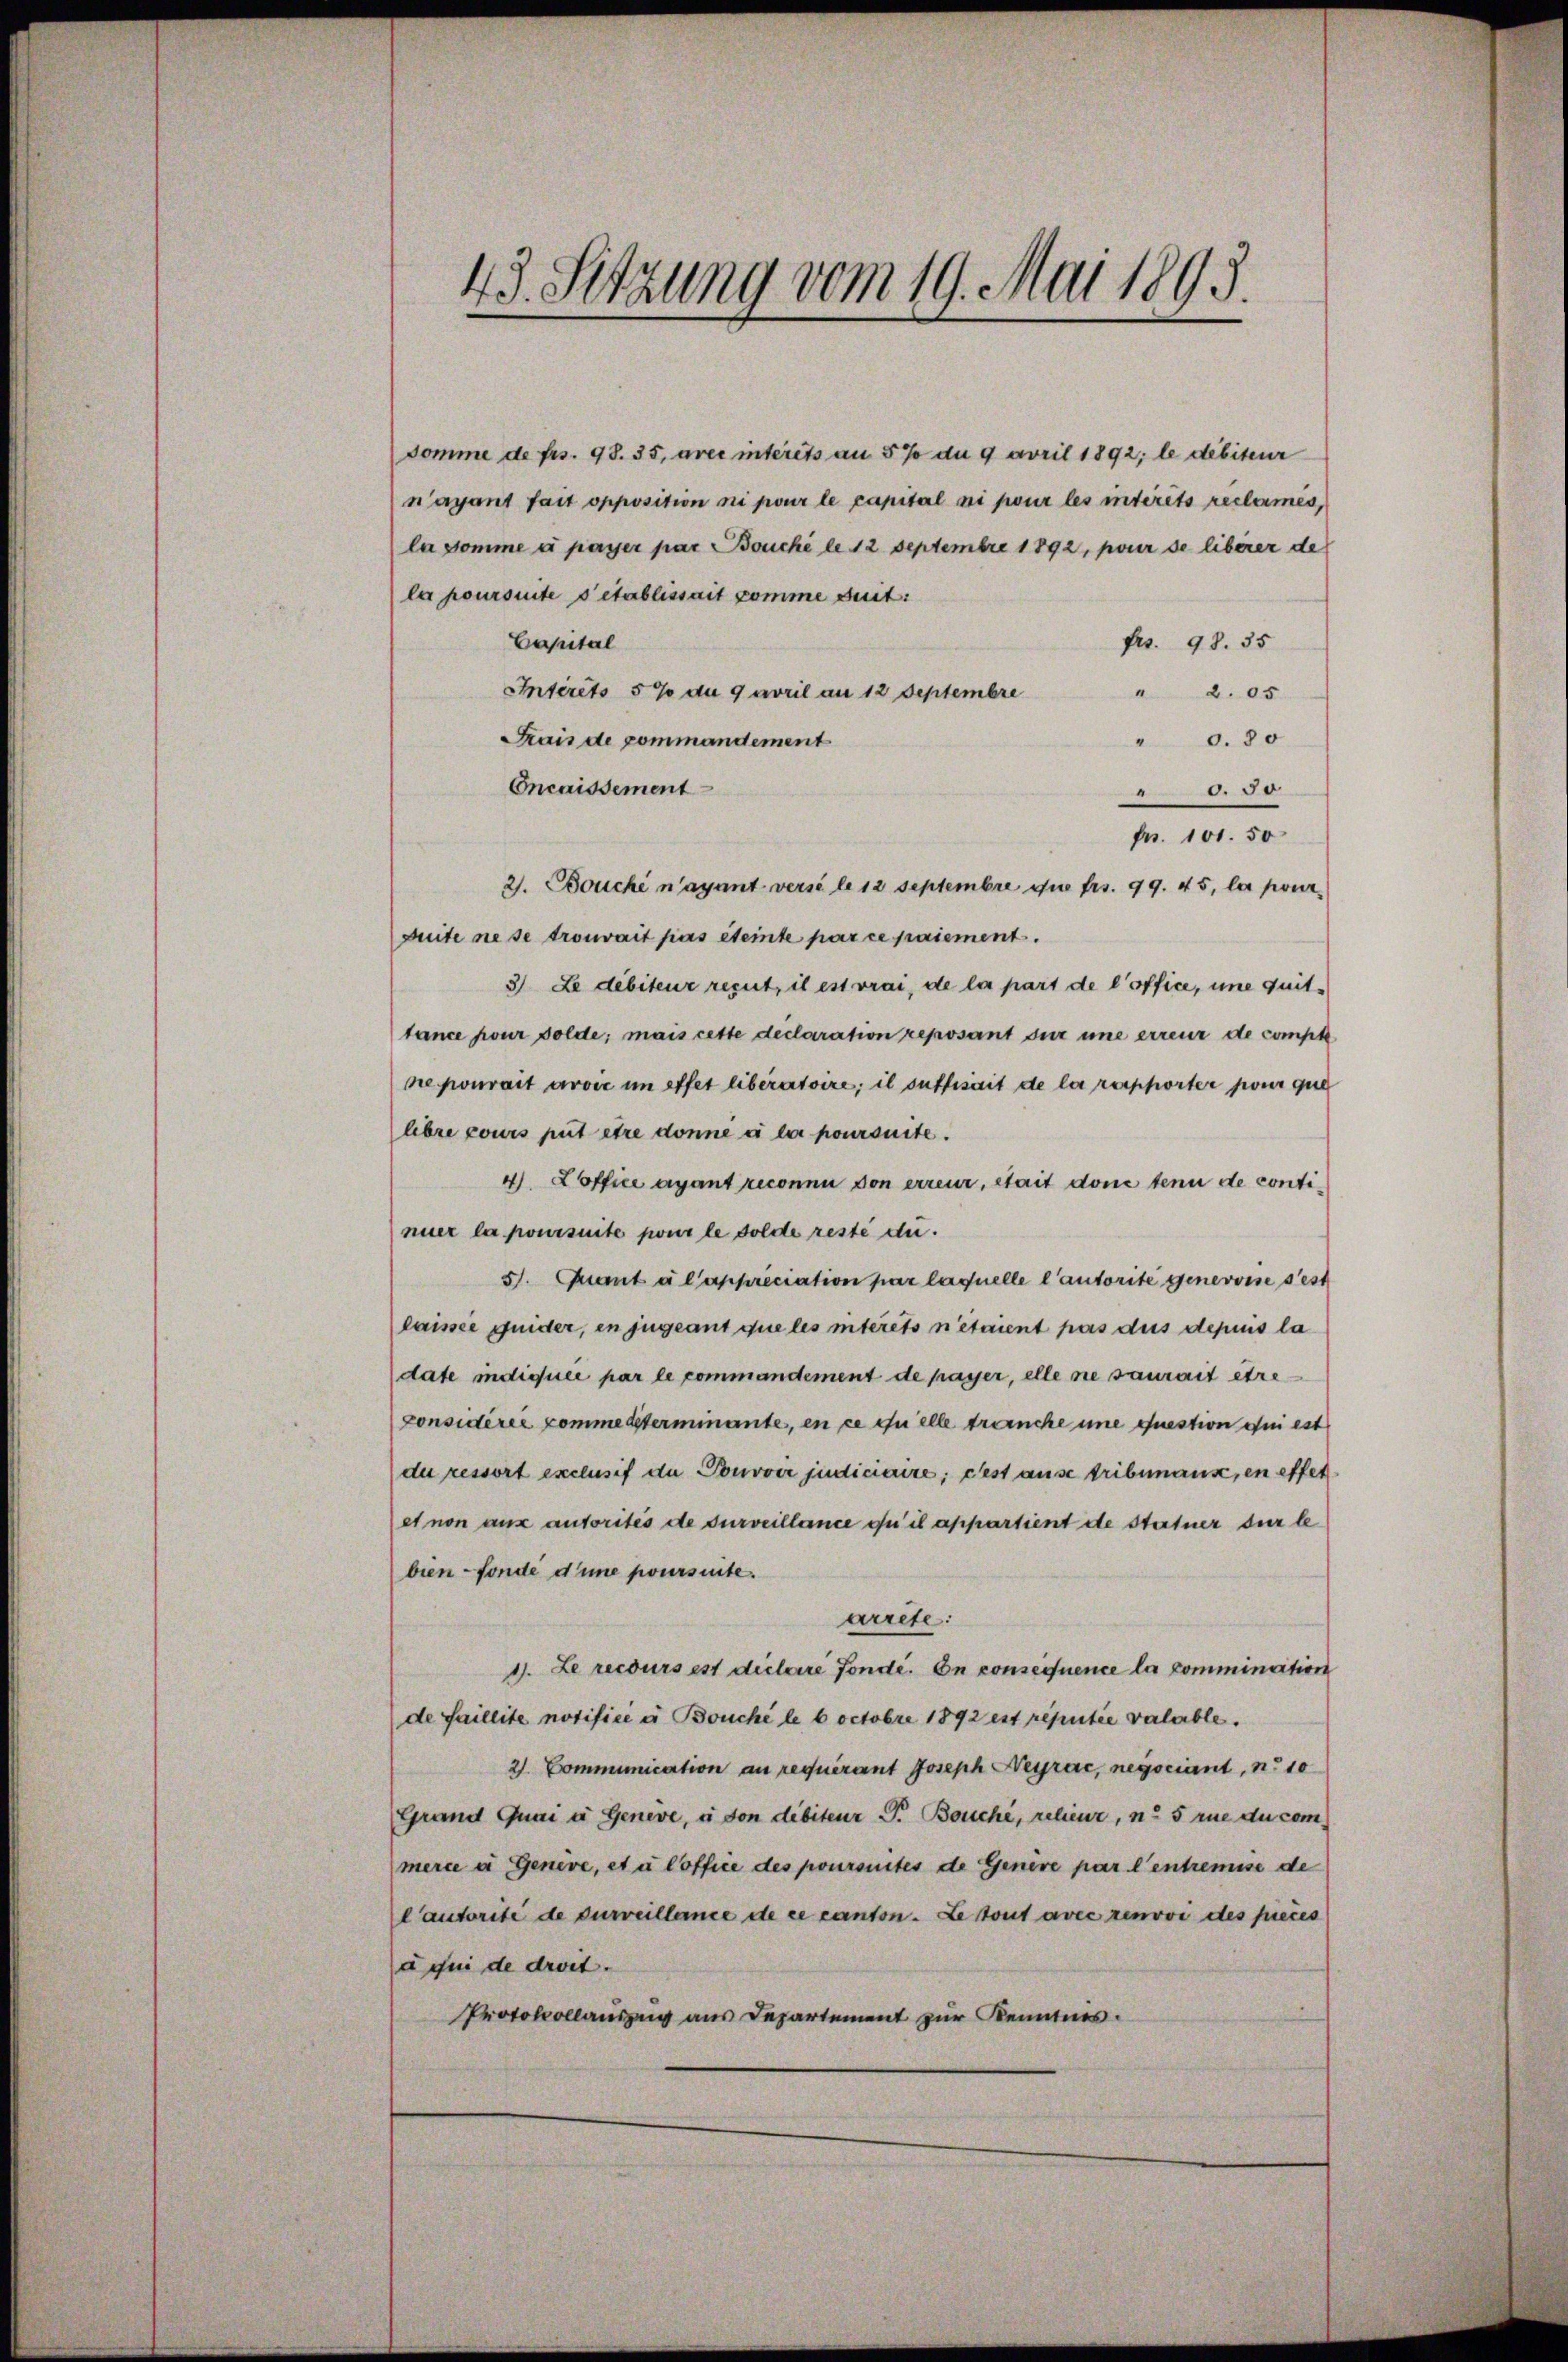
43. Setzung vom 19. Mai 1893.

Somme de frs. 98. 35, avec interets an 5% du 9 April 1892; le débiteur
n’ayant fait opposition ni pour le capital ni pour les intérêts reclamés,
la somme à payer par Bouché le 12 Septembre 1892, pour se libérer de
la poursuite detablissait comme suit:
Capital
Fr. 98. 35
Intérêts 5% au 9 avril an 12 Septembre
" 2. 05
Frais de pommandement
" 0.90
Oncaissement
0 50
Fr. 101. 50
2. Bouché n’ayant versé le 12 Septembre die frs. 99. 45, la pour
guite ne se trouvait pas éteinte par ce paiement.
3) Le débiteur reput, il est vrai, de la part de l’office, une quittance pour solde; mais cette declaration reposant sur une erreur de compt
ne pourart arvić im effet liberatoire; il suffisait de la rapporter pour que
libre pours put être donné à lui poursuite.
4. Loffice ayant reconnu von erreur, stait dont tenu de continuer la poursuite pour le solde reste di
5. Quant à l’appréciation par laquelle l’autorite genevoise sest
laissée quider, in jugeant que les interets n’étaient pas aus desius la
date indiquée par le commandement de passer, elle sie saurait etre¬
Considérer kommensterimante, en ce quelle tranche une question qui est
de ressort exclusif du Ponvviz judiciaire; dest ause tribunaus, en effet
et non aus autorités de surveillance ou il appartient de statuer der le
bien - Fonde d’une poursuite.
arrête:
1. Le recours est dielaire fondé. On consequence la comminition
de faillite notifici u Bouché le 6 octobre 1892 est reputie verlable.
2) Communication an requérant Joseph Neyrac, negociant, n. 10
Grand Quai u Geneve, à son débiteur P. Bouche, relieur, n. 5 rue du commerce a Genève, et à loffice des poursuites de Genere par l’entremise de
Cautorité de surveillence de ce canton. Le tout avec renovi des pieces
à qui de droit.
Protokollauszug aus Departement zur Kenntnis.